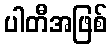
ပါတီအဖြစ်